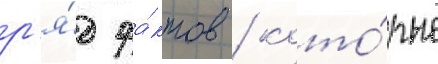
р'я́д фа́ктов / кото́рые